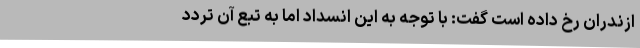
ازندران رخ داده است گفت: با توجه به این انسداد اما به تبع آن تردد